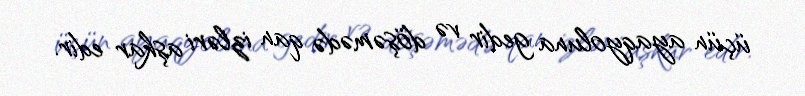
üçün ayaqyoluna gedir və döşəmədə qan izləri aşkar edir.